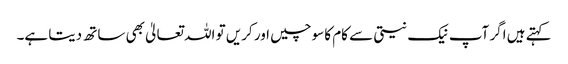
کہتے ہیں اگر آپ نیک نیتی سے کام کا سوچیں اور کریں تو اللہ تعالیٰ بھی ساتھ دیتا ہے۔